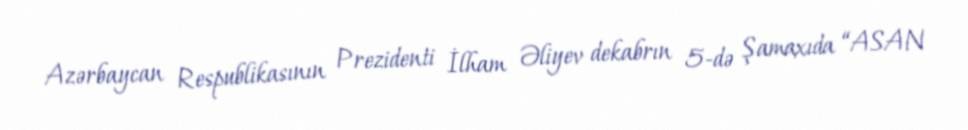
Azərbaycan Respublikasının Prezidenti İlham Əliyev dekabrın 5-də Şamaxıda “ASAN